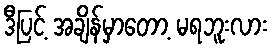
ဒီပြင့် အချိန်မှာတော့ မရဘူးလား